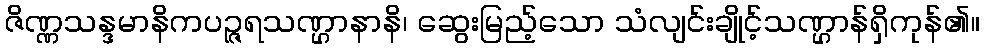
ဇိဏ္ဏသန္ဒမာနိကပဉ္ဇရသဏ္ဌာနာနိ၊ ဆွေးမြည့်သော သံလျင်းချိုင့်သဏ္ဌာန်ရှိကုန်၏။